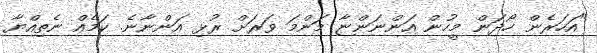
"އަހަރެން ހޯދަން މީހުން އަންނަންޏާ މަންމަ ވަރަށް ރުޅި އަންނާނެ. ކަމެއް ނެތިއްޔާ